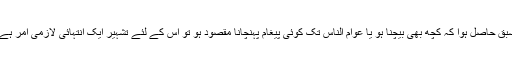
سبق حاصل ہوا کہ کچھ بھی بیچنا ہو یا عوام الناس تک کوئی پیغام پہنچانا مقصود ہو تو اس کے لئے تشہیر ایک انتہائی لازمی امر ہے۔